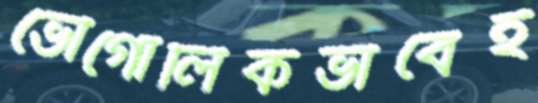
ভৌগোলিকভাবেই